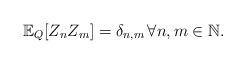
LaTeX: \begin{align*}\mathbb E_Q[Z_nZ_m]=\delta_{n,m}\,\forall n,m\in\mathbb N.\end{align*}